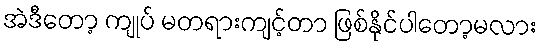
အဲဒီတော့ ကျုပ် မတရားကျင့်တာ ဖြစ်နိုင်ပါတော့မလား